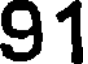
91